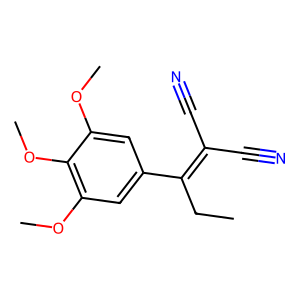
SMILES: CCC(=C(C#N)C#N)c1cc(OC)c(OC)c(OC)c1
Inhibits HIV replication: No